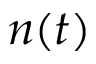
n ( t )